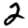
Digit: 2